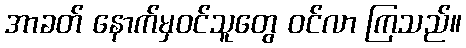
အာခတ် နောက်မှဝင်သူတွေ ဝင်လာ ကြသည်။